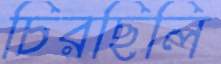
চিরছিলি